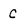
Character: c